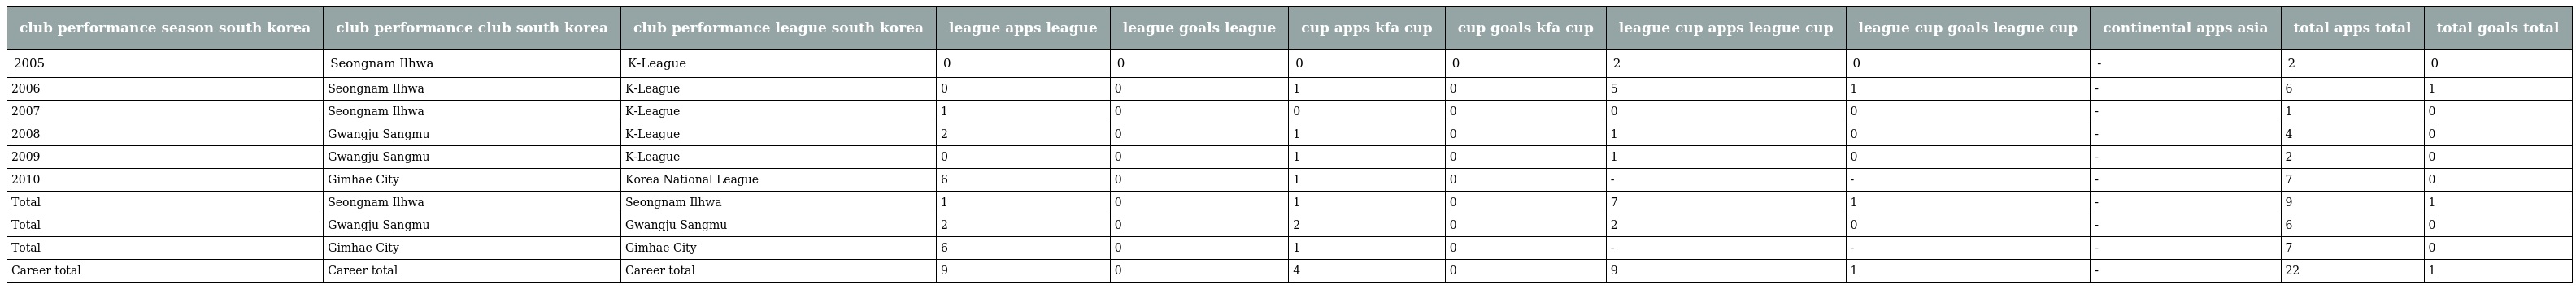
| club performance season south korea | club performance club south korea | club performance league south korea | league apps league | league goals league | cup apps kfa cup | cup goals kfa cup | league cup apps league cup | league cup goals league cup | continental apps asia | total apps total | total goals total |
 | --- | --- | --- | --- | --- | --- | --- | --- | --- | --- | --- | --- |
 | 2005 | Seongnam Ilhwa | K-League | 0 | 0 | 0 | 0 | 2 | 0 | - | 2 | 0 |
 | 2006 | Seongnam Ilhwa | K-League | 0 | 0 | 1 | 0 | 5 | 1 | - | 6 | 1 |
 | 2007 | Seongnam Ilhwa | K-League | 1 | 0 | 0 | 0 | 0 | 0 | - | 1 | 0 |
 | 2008 | Gwangju Sangmu | K-League | 2 | 0 | 1 | 0 | 1 | 0 | - | 4 | 0 |
 | 2009 | Gwangju Sangmu | K-League | 0 | 0 | 1 | 0 | 1 | 0 | - | 2 | 0 |
 | 2010 | Gimhae City | Korea National League | 6 | 0 | 1 | 0 | - | - | - | 7 | 0 |
 | Total | Seongnam Ilhwa | Seongnam Ilhwa | 1 | 0 | 1 | 0 | 7 | 1 | - | 9 | 1 |
 | Total | Gwangju Sangmu | Gwangju Sangmu | 2 | 0 | 2 | 0 | 2 | 0 | - | 6 | 0 |
 | Total | Gimhae City | Gimhae City | 6 | 0 | 1 | 0 | - | - | - | 7 | 0 |
 | Career total | Career total | Career total | 9 | 0 | 4 | 0 | 9 | 1 | - | 22 | 1 |